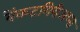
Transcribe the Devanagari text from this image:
वेंकटगिरीअप्पा